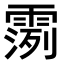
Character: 𫕪